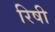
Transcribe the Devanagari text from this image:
रिषी